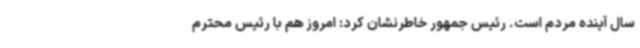
سال آینده مردم است. رئیس جمهور خاطرنشان کرد: امروز هم با رئیس محترم